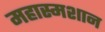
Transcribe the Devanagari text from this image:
महास्मशान